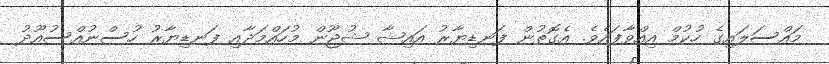
މައްސަލައިގެ ހުކުމް އިއްވާފައެވެ. އެގޮތުން ފަނޑިޔާރު އައިޝާ ޝުޖޫން މުހައްމަދާއި ފަނޑިޔާރު ހުސްނުއްސުއޫދު